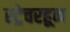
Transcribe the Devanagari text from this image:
स्ट्रेचरहून